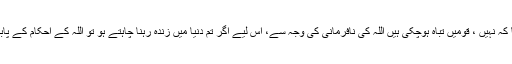
کہا گیا کہ نہیں ، قومیں تباہ ہوچکی ہیں اللہ کی نافرمانی کی وجہ سے، اس لیے اگر تم دنیا میں زندہ رہنا چاہتے ہو تو اللہ کے احکام کے پابند رہو۔